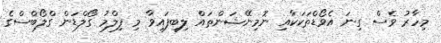
މިހާރު ވެސް ގިނަ އެވޯޑްތަކަކާއި ނޮމިނޭޝަންތައް ލިބިފައިވާ މި ފިލްމު ގޯލްޑަން ގްލޯބްސްގެ